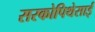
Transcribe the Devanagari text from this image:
सरकोपिथेसाई